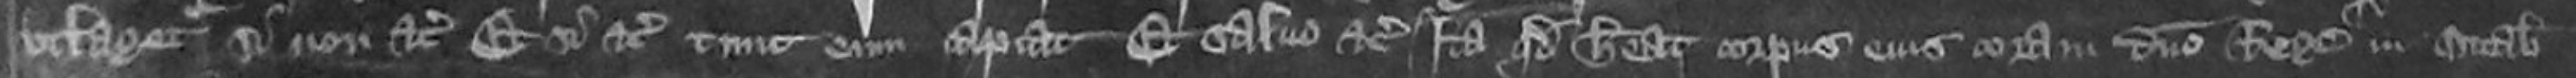
utlagetur si non etc Et si etc tunc eum capiat Et salvo etc Ita quod habeat corporus eius coram domino Rege in Octabis